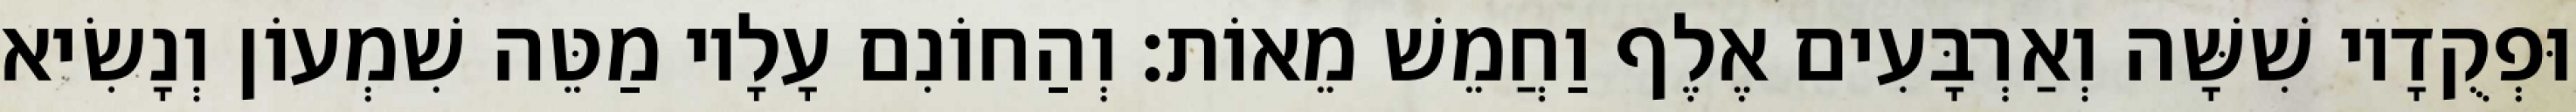
וּפְקֻדָיו שִׁשָּׁה וְאַרְבָּעִים אֶלֶף וַחֲמֵשׁ מֵאוֹת׃ וְהַחוֹנִם עָלָיו מַטֵּה שִׁמְעוֹן וְנָשִׂיא